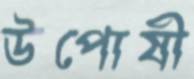
উপোষী